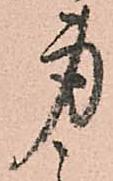
身